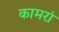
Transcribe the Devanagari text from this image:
कामरां